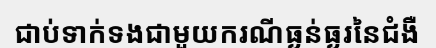
ជាប់ទាក់ទងជាមួយករណីធ្ងន់ធ្ងរនៃជំងឺ